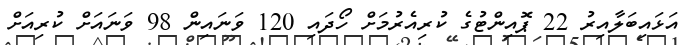
އަޅައިބަލާއިރު 22 ޕޮއިންޓުގެ ކުރިއެރުމަށް ހޯދައި 120 ވަނައިން 98 ވަނައަށް ކުރިއަށް